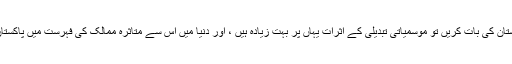
اگر ہم اپنے ملک پاکستان کی بات کریں تو موسمیاتی تبدیلی کے اثرات یہاں پر بہت زیادہ ہیں ، اور دنیا میں اس سے متاثرہ ممالک کی فہرست میں پاکستان آٹھویں نمبر پر ہے۔